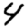
Digit: 4